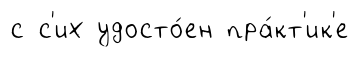
с с'их удосто́ен пра́кт'ик'е